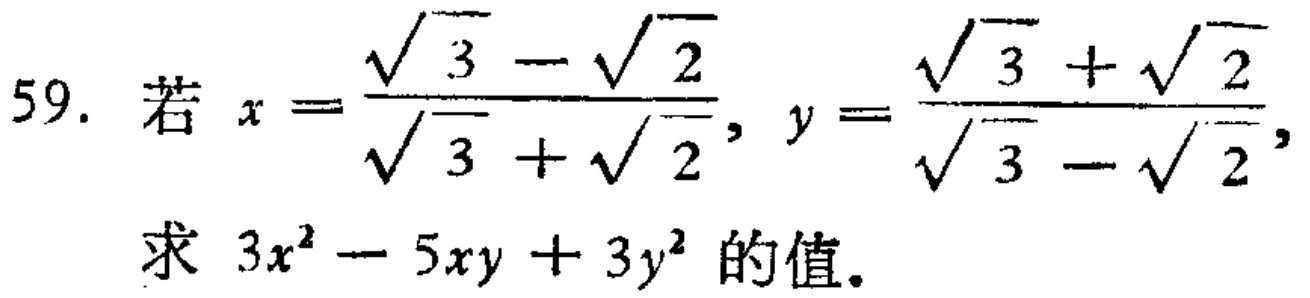
59. 若\(x = \frac{\sqrt{3}-\sqrt{2}}{\sqrt{3}+\sqrt{2}}\)，\(y = \frac{\sqrt{3}+\sqrt{2}}{\sqrt{3}-\sqrt{2}}\)，求\(3x^{2}-5xy + 3y^{2}\)的值。